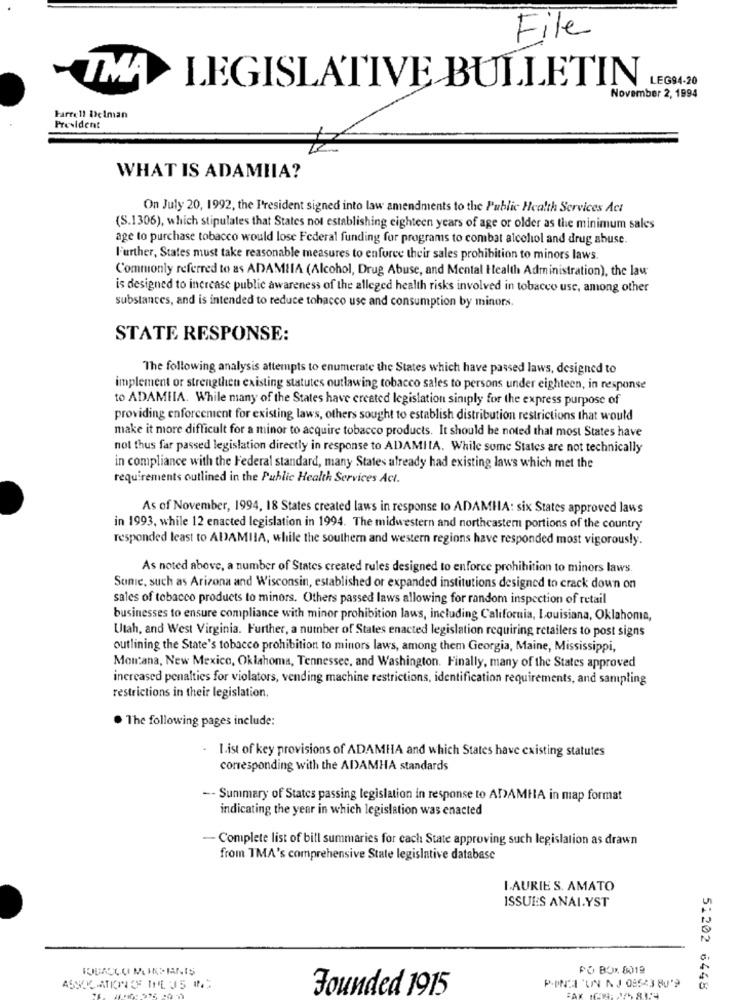
File
T
LEGISLATIVE BULLETIN
LEG94-20
November 2, 1994
Farrell Delman
President
WHAT IS ADAMIIA?
On July 20, 1992, the President signed into law amendments to the Public Health Services Act
(S.1306), which stipulates that States not establishing eighteen years of age or older as the minimum sales
age to purchase tobacco would lose Federal funding for programs to combat alcohol and drug abuse.
Further, States must take reasonable measures to enforce their sales prohibition to minors laws.
Commonly referred to as ADAMIIA (Alcohol, Drug Abuse, and Mental Health Administration), the law
is designed to increase public awareness of the alleged health risks involved in tobacco use, among other
substances, and is intended to reduce tobacco use and consumption by minors.
STATE RESPONSE:
The following analysis attempts to enumerate the States which have passed laws, designed to
implement or strengthen existing statutes outlawing tobacco sales to persons under eighteen, in response
to ADAMIIA. While many of the States have created legislation siniply for the express purpose of
providing enforcement for existing laws, others sought to establish distribution restrictions that would
make it more difficult for a minor to acquire tobacco products. It should be noted that most States have
not thus far passed legislation directly in response to ADAMIIA. While some States are not technically
in compliance with the Federal standard, many States already had existing laws which met the
requirements outlined in the Public Health Services Act.
As of November, 1994, 18 States created laws in response to ADAMHA: six States approved laws
in 1993, while 12 enacted legislation in 1994. The midwestern and northeastern portions of the country
responded least to ADAMIIA, while the southern and western regions have responded most vigorously.
As noted above, a number of States created rules designed to enforce prohibition to minors laws.
Some, such as Arizona and Wisconsin, established or expanded institutions designed to crack down on
sales of tobacco products to minors. Others passed laws allowing for random inspection of retail
businesses to ensure compliance with minor prohibition laws, including California, Louisiana, Oklahoma,
Utah, and West Virginia. Further, a number of States enacted legislation requiring retailers to post signs
outlining the State's tobacco prohibition to minors laws, among them Georgia, Maine, Mississippi,
Montana, New Mexico, Oklahoma, Tennessee, and Washington. Finally, many of the States approved
increased penalties for violators, vending machine restrictions, identification requirements, and sampling
restrictions in their legislation.
. The following pages include:
I.ist of key provisions of ADAMHA and which States have existing statutes
corresponding with the ADAMHA standards
-- Summary of States passing legislation in response to ADAMHA in map format
indicating the year in which legislation was enacted
- Complete list of bill summaries for cach State approving such legislation as drawn
from TMA's comprehensive State legislative database
LAURIE S. AMATO
ISSUES ANALYST
PO BOX 8019
Founded 1915
PONTI 'UN NJ 08543 80'9
51202 6448